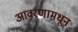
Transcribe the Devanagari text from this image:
आवरणामधून